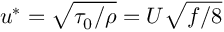
u ^ { * } = \sqrt { \tau _ { 0 } / \rho } = U \sqrt { f / 8 }